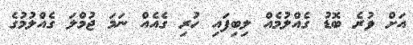
އަށް ވުރެ ބޮޑު ގެއްލުމެއް ލިބިފައި ހުރި ގެއެއް ނަމަ ޖުމްލަ ގެއްލުމުގެ